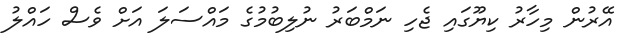
އޭރުން މިހާރު ކިޔޫގައި ޖެހި ނަމްބަރު ނުލިބުމުގެ މައްސަލަ އަށް ވެސް ހައްލު